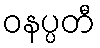
ဝနပ္ပတီ